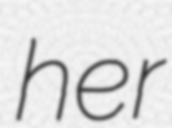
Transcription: her